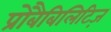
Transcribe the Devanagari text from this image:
प्रोबैबिलिटिज़